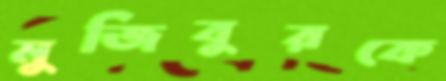
মুজিবুরকে